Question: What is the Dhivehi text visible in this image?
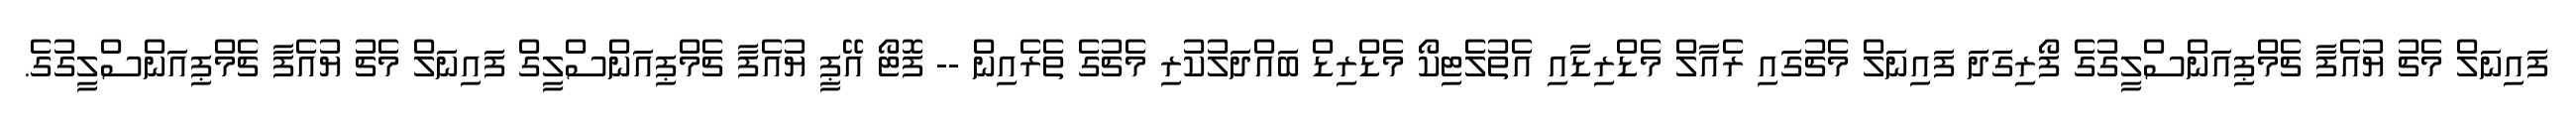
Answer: ފައިނަލް މެޗު ޔުއެފާ ޗެމްޕިއަންސްލީގުގެ ފޯރިގަދަ ފައިނަލް މެޗުގައި ރެއާލް މެޑްރިޑާއި އެތުލެޓިކޯ މެޑްރިޑް ބައްދަލުކުރި މެޗުގެ ތެރެއިން -- ފޮޓޯ އޭޕީ ޔުއެފާ ޗެމްޕިއަންސްލީގް ފައިނަލް މެޗު ޔުއެފާ ޗެމްޕިއަންސްލީގުގެ.